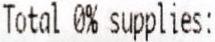
TOTAL 0% SUPPLIES: